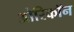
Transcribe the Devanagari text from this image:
ओरिकॉन